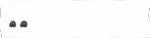
٧٠